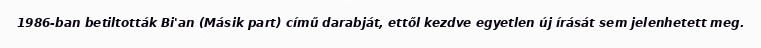
1986-ban betiltották Bi'an (Másik part) című darabját, ettől kezdve egyetlen új írását sem jelenhetett meg.